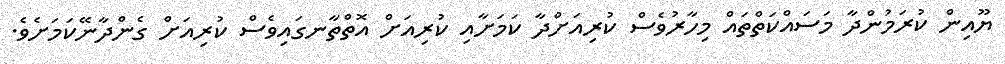
ޔޫއިން ކުރަމުންދާ މަސައްކަތްތައް މިހާރުވެސް ކުރިއަށްދާ ކަމަށާއި ކުރިއަށް އޮތްތާނގައިވެސް ކުރިއަށް ގެންދާނޭކަމަށެވެ.